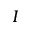
I